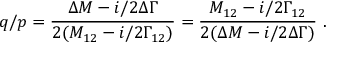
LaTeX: q / p = \frac { \Delta M - i / 2 \Delta \Gamma } { 2 ( M _ { 1 2 } - i / 2 \Gamma _ { 1 2 } ) } = \frac { M _ { 1 2 } - i / 2 \Gamma _ { 1 2 } } { 2 ( \Delta M - i / 2 \Delta \Gamma ) } \ .